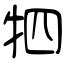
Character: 牭